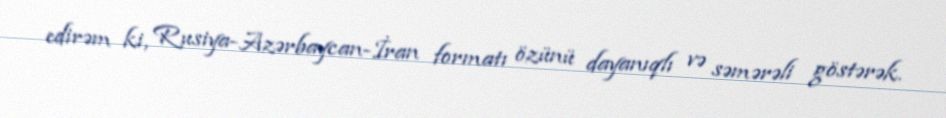
edirəm ki, Rusiya-Azərbaycan-İran formatı özünü dayanıqlı və səmərəli göstərək.